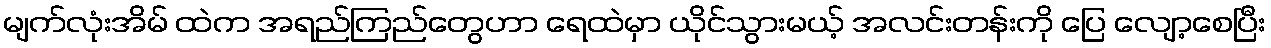
မျက်လုံးအိမ် ထဲက အရည်ကြည်တွေဟာ ရေထဲမှာ ယိုင်သွားမယ့် အလင်းတန်းကို ပြေ လျော့စေပြီး